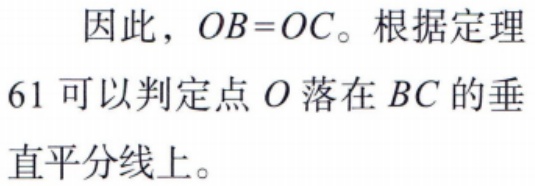
因此，\(OB = OC\)。根据定理61可以判定点\(O\)落在\(BC\)的垂直平分线上。